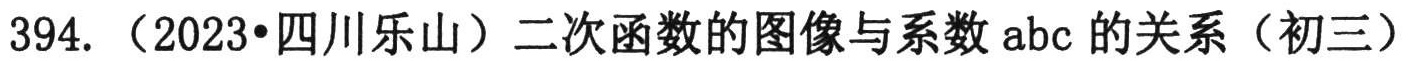
394.（2023•四川乐山）二次函数的图像与系数abc的关系（初三）